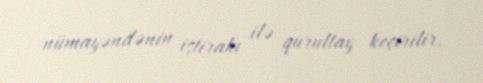
nümayəndənin iştirakı ilə qurultay keçirilir.